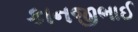
કાનજીભાઈ